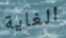
الغاية